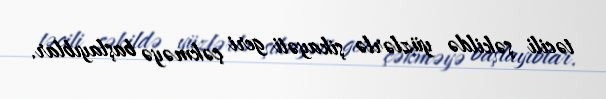
təcili şəkildə yüzlərlə şikayəti geri çəkməyə başlayıblar.